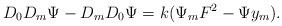
LaTeX: \begin{align*}{D_0}{D_m}\Psi - {D_m}{D_0}\Psi ={k}({\Psi _m}{F^2} - \Psi {y_m}).\end{align*}